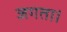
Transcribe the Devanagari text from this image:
जगता।